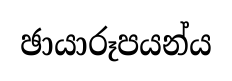
ඡායාරූපයන්ය